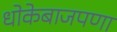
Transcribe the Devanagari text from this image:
धोकेबाजपणा